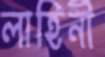
লাহিনী